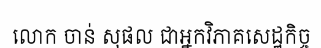
លោក ចាន់ សុផល ជាអ្នកវិភាគសេដ្ឋកិច្ច